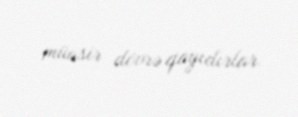
müasir dövrə qayıdırlar.